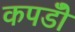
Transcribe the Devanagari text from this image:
कपडोँ